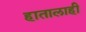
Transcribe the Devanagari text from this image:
हातालाही